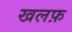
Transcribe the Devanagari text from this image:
खलफ़